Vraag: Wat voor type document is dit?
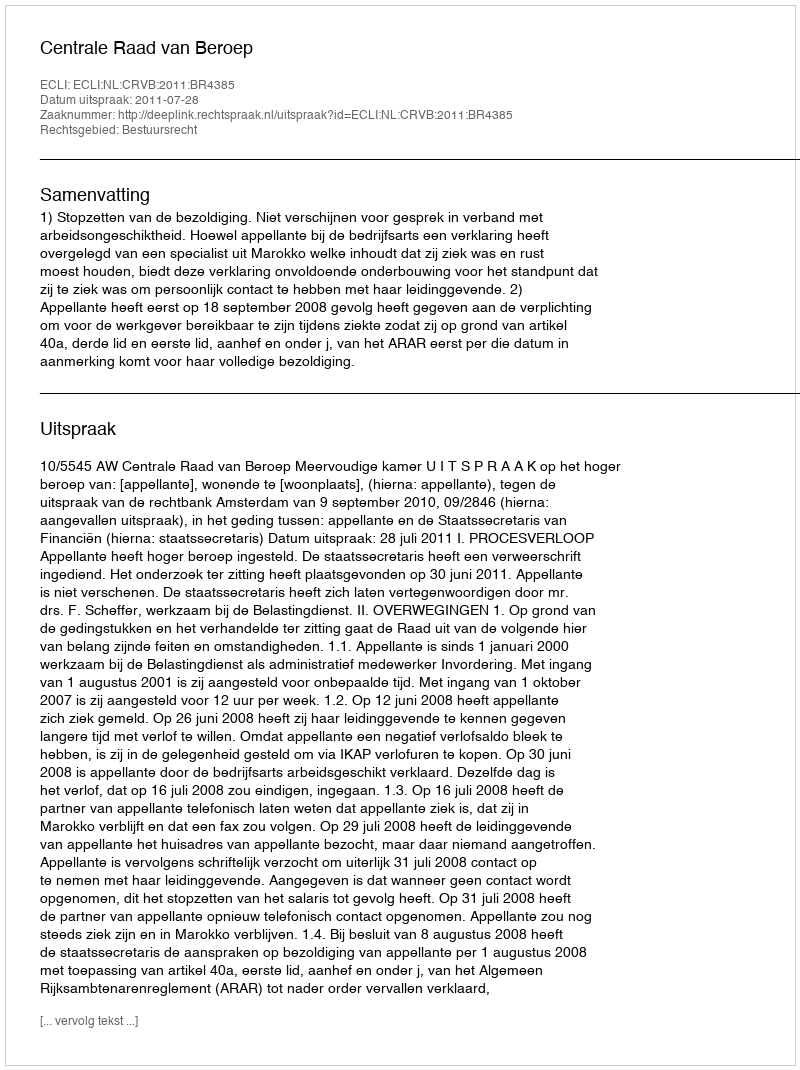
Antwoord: Uitspraak